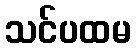
သင်ပထမ